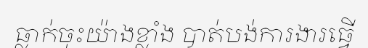
ធ្លាក់ចុះយ៉ាងខ្លាំង បាត់បង់ការងារធ្វើ